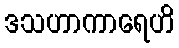
ဒသဟာကာရေဟိ